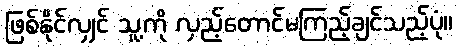
ဖြစ်နိုင်လျှင် သူ့ကို လှည့်တောင်မကြည့်ချင်သည့်ပုံ။